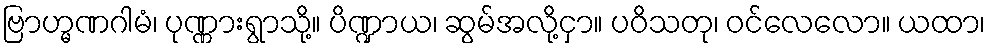
ဗြာဟ္မဏဂါမံ၊ ပုဏ္ဏားရွာသို့။ ပိဏ္ဍာယ၊ ဆွမ်အလို့ငှာ။ ပဝိသတု၊ ဝင်လေလော။ ယထာ၊